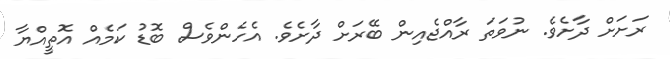
ރަށަށް ދާށެވެ. ނުވަތަ ރާއްޖެއިން ބޭރަށް ދާށެވެ. އެހެންވެސް ބޮޑު ކަމެއް އޮތީއްޔާ